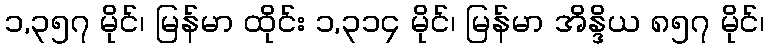
၁,၃၅၇ မိုင်၊ မြန်မာ ထိုင်း ၁,၃၁၄ မိုင်၊ မြန်မာ အိန္ဒိယ ၈၅၇ မိုင်၊